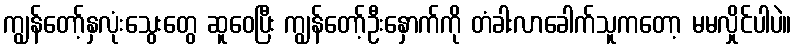
ကျွန်တော့်နှလုံးသွေးတွေ ဆူဝေပြီး ကျွန်တော့်ဦးနှောက်ကို တံခါးလာခေါက်သူကတော့ မမလှိုင်ပါပဲ။